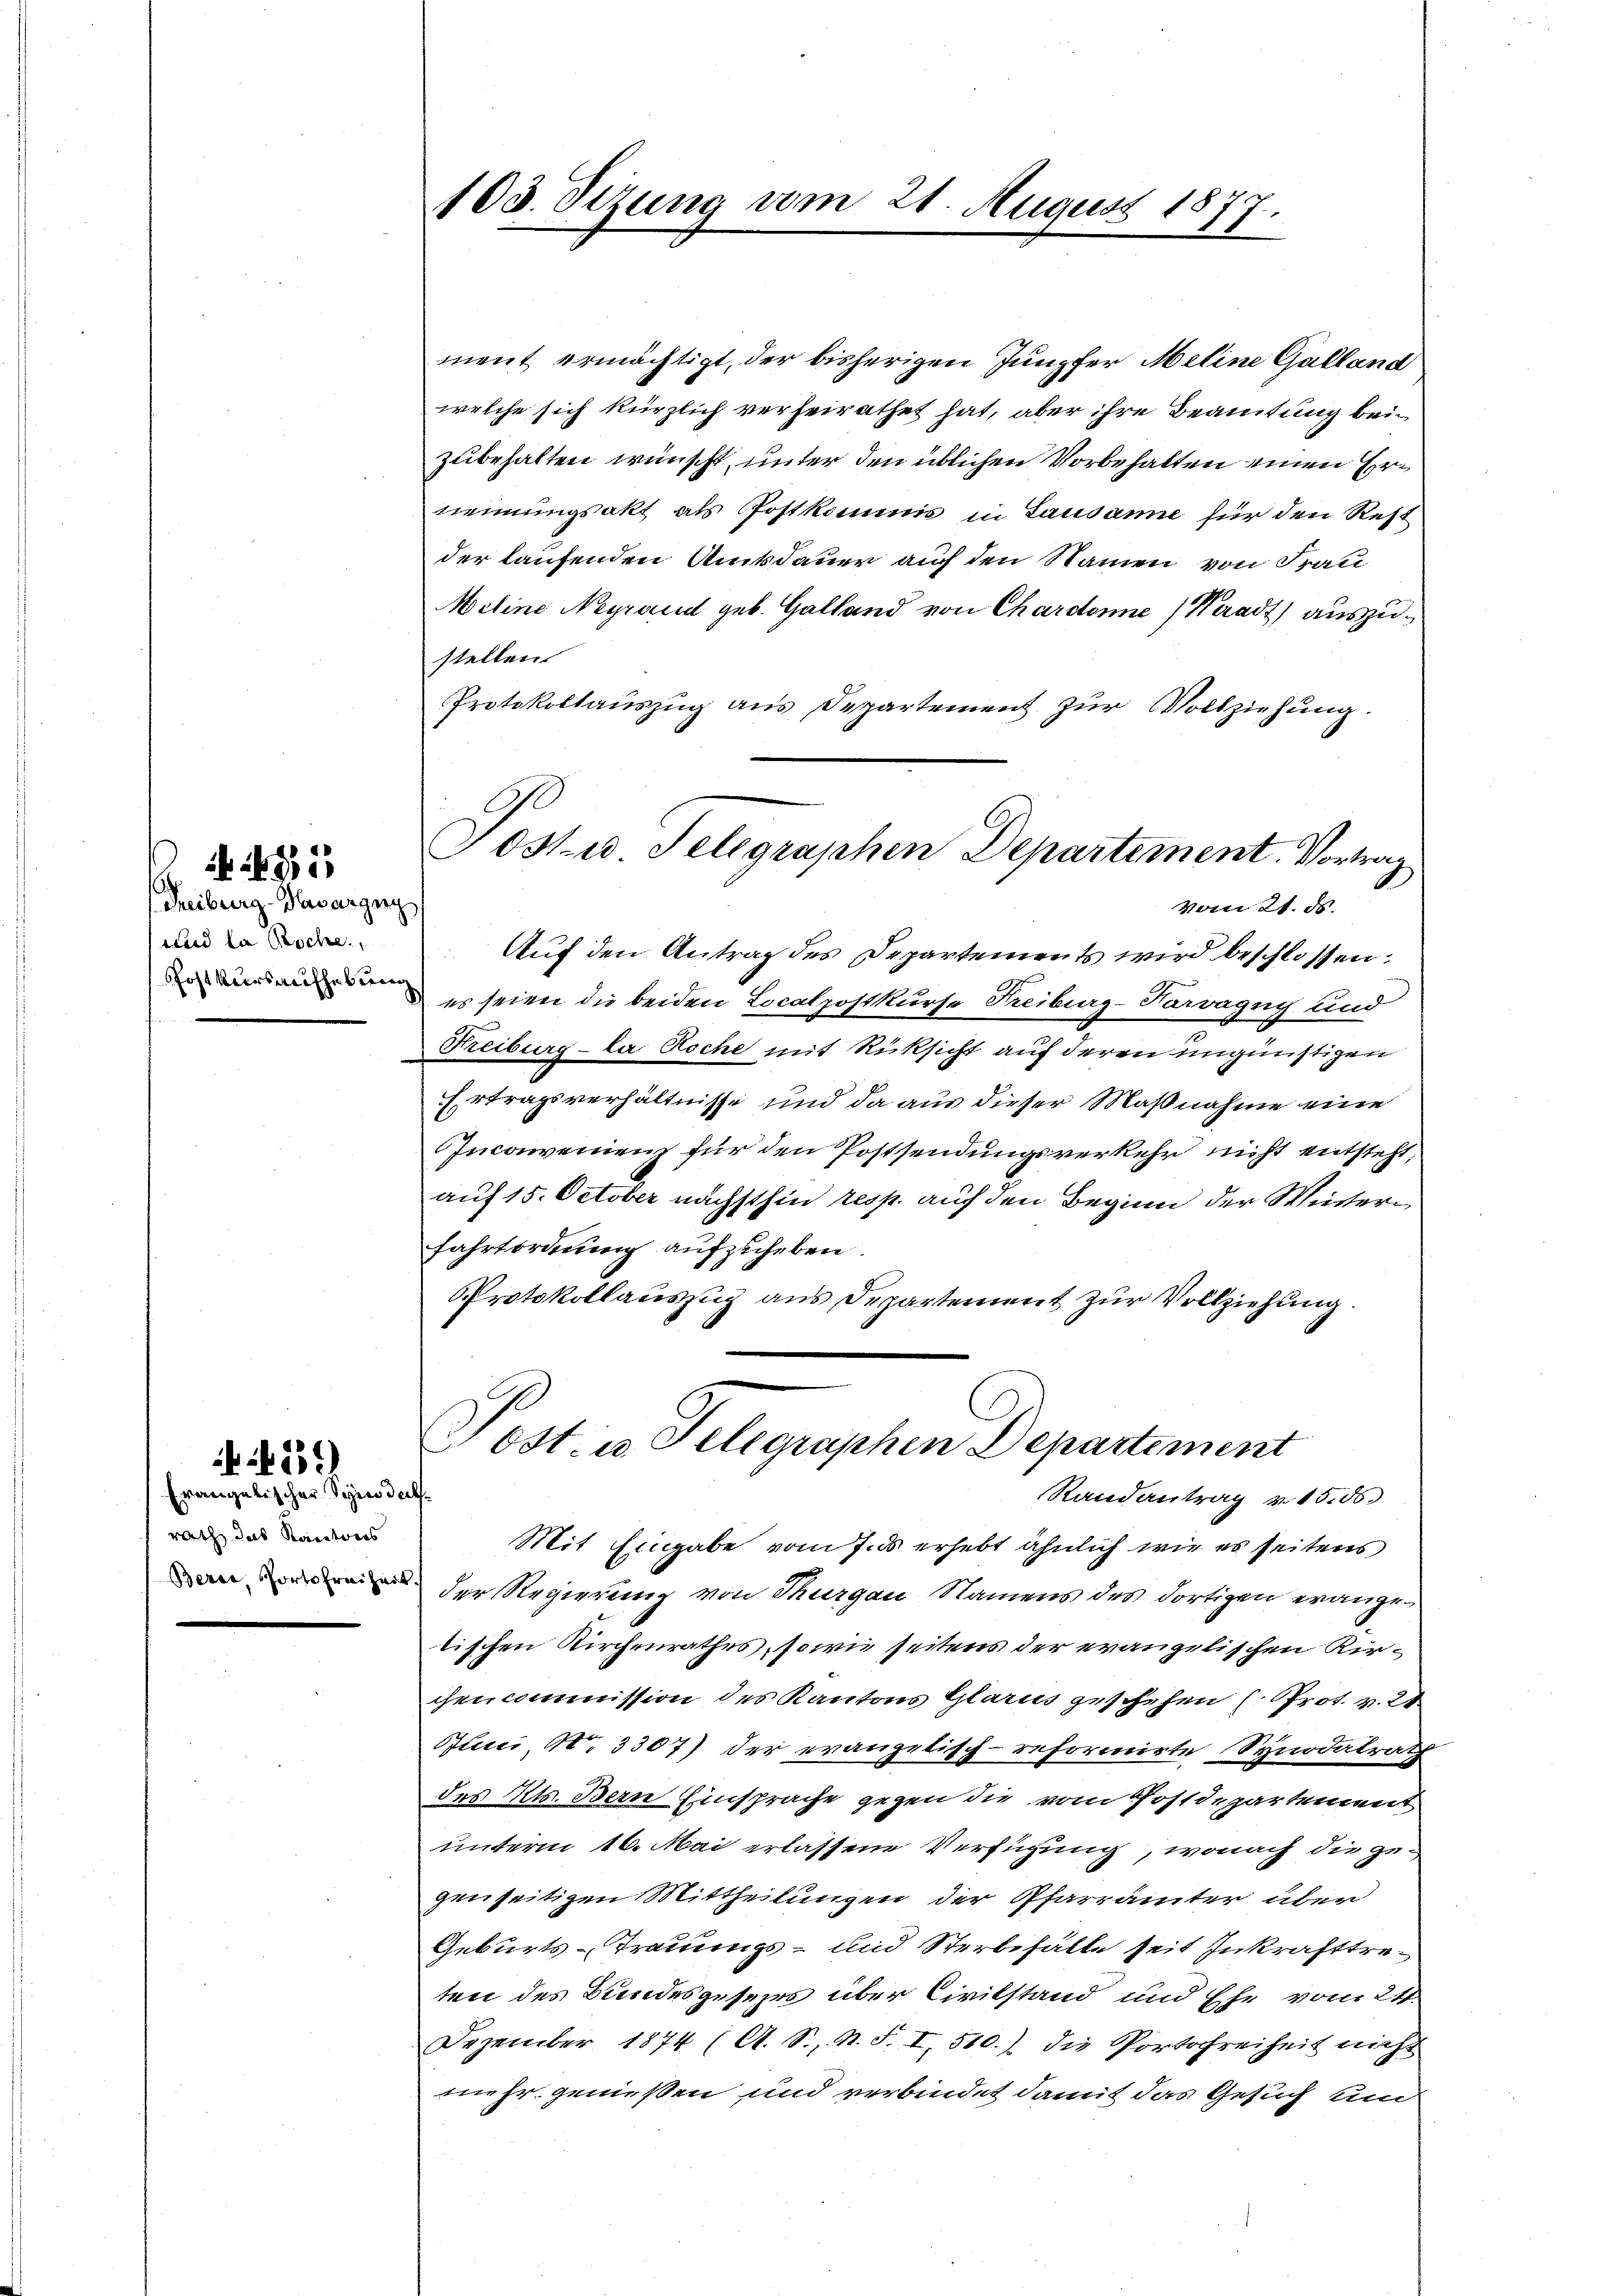
Freiburg-Bavarging
und da Besche
shost kurs aufhebun

85

2

Evangelischer Segen deck
rath das Kantons

103. Sizung vom 21. August 1877.

Tostw. Telegraphen Departement. Vortrag
vom 21. ds.

ment ermächtigt, der bisherigen Jungfer Meline Galland
welche sich kürzlich verheirathet hat, aber ihre Beamtung beizubehalten wünscht, unter den üblichen Vorbehalten einen Erneinungsakt als Postkommis in Lausanne für den Rest
der laufenden Amtsdauer auf den Namen von Frau
Meline Negrand geb. Galland von Chardonne, Waadt) auszustellen.
Protokollauszug aus Departement zur Vollziehung.
Auf den Antrag des Departements wird beschlossen:
es seien die beiden Localpostkurse Treiburg-Narvagug und
Freiburg-la Roche mit Rücksicht auf deren ungünstigen
Ertragsverhältnisse und da aus dieser Maßnahme eine
Incowenienz für den Postsendungsverkehr nicht entsteht,
auf 15. October nächsthin resp. auf den Beginn der Winterfahrtordnung aufzuheben.
Protokollauszug aus Departement zur Vollziehung.
Ost- u. Telegraphen Departement
Randantrag v. 15. 55
Mit Eingabe vom 7. ds erhebt ähnlich wie es seitens
 der Regierung von Thurgau, Namens des dortigen erangetischen Kirchenrathes, sowie seitens der evangelischen Kircgencommission des Kantons Glarus geschehen (Prot. v. 21
Juni, N. 3307) der evangelisch-reformirte Synodalrath
des Kts. Bern Einsprache gegen die vom Postdepartement
unterm 16. Mai erlassene Verfügung, wonach die gegenseitigen Mittheilungen der Pfarrämter über
Geburts-Trauungs- und Sterbefalle seit Inkrafttreten des Bundesgesezes über Civilstand und Ehe vom 24.
Dezember 1874 (A. S., N. S. I, 510.) Die Portofreiheit nicht
mehr genießen und verbindet damit das Gesuch un